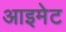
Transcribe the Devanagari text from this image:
आइमेट